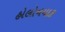
હોલોનયાક